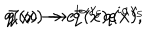
q ( x ) \rightarrow e ^ { i \alpha \gamma _ { 5 } } q ( x ) , \hspace { . 5 c m } \bar { q } ( x ) \rightarrow \bar { q } ( x ) e ^ { i \alpha \gamma _ { 5 } }